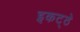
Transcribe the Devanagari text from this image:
इकट्‍ठे